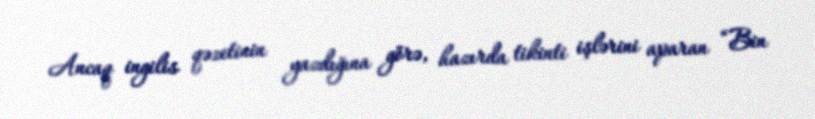
Ancaq ingilis qəzetinin yazdığına görə, hazırda tikinti işlərini aparan “Bin